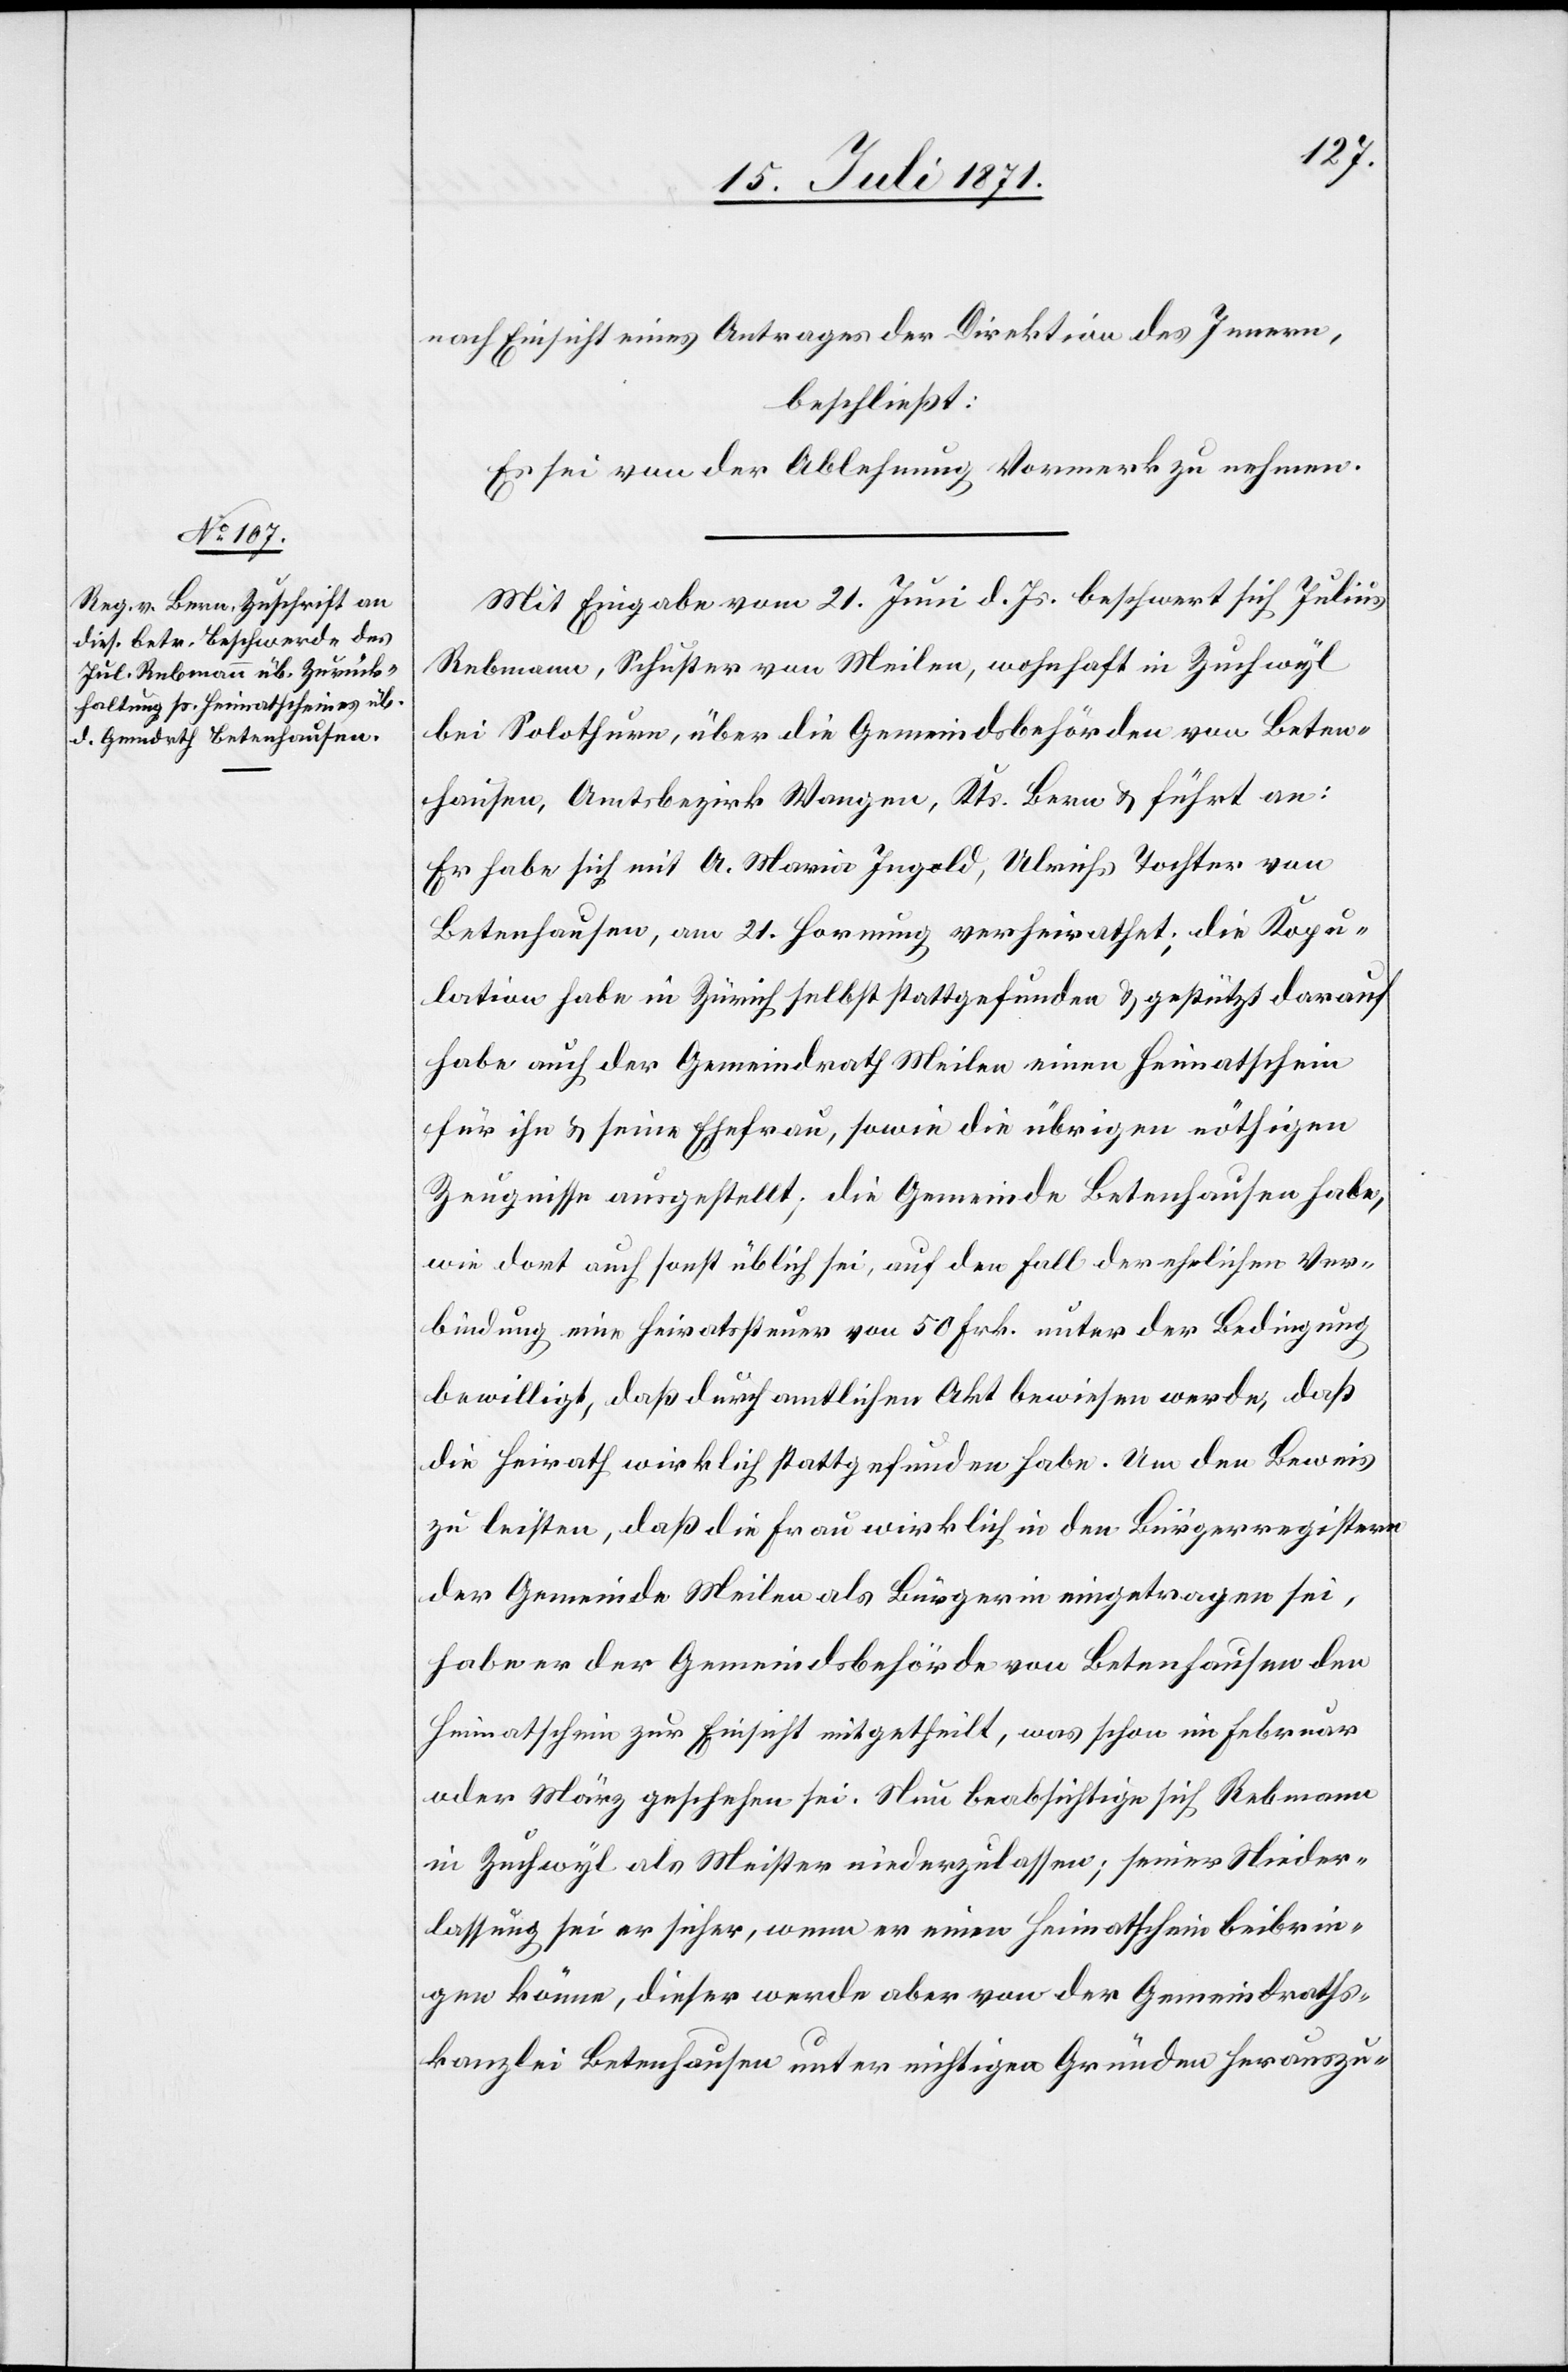
nach Einsicht eines Antrages der Direktion des Innern,
beschließt:
Es sei von der Ablehnung Vormerk zu nehmen.
Mit Eingabe vom 21. Juni d. Js. beschwert sich Julius
Rebmann, Schuster von Meilen, wohnhaft in Zuchwyl
bei Solothurn, über die Gemeindsbehörden von Beten¬
hausen, Amtsbezirk Wangen, Kts. Bern u. führt an:
Er habe sich mit A. Maria Ingold, Ulrichs Tochter von
Betenhausen, am 21. Hornung verheirathet; die Kopu¬
lation habe in Zürich selbst stattgefunden u. gestützt darauf
habe auch der Gemeindrath Meilen einen Heimatschein
für ihn u. seine Ehefrau, sowie die übrigen nöthigen
Zeugnisse ausgestellt; die Gemeinde Betenhausen habe,
wie dort auch sonst üblich sei, auf den Fall der ehelichen Ver¬
bindung eine Heiratssteuer von 50 Frk. unter der Bedingung
bewilligt, daß durch amtlichen Akt bewiesen werde, daß
die Heirat wirklich stattgefunden habe. Um den Beweis
zu leisten, daß die Frau wirklich in den Bürgerregistern
der Gemeinde Meilen als Bürgerin eingetragen sei,
habe er der Gemeindsbehörde von Betenhausen den
Heimatschein zur Einsicht mitgetheilt, was schon im Februar
oder März geschehen sei. Nun beabsichtige sich Rebmann
in Zuchwyl als Meister niederzulassen; seiner Nieder¬
lassung sei er sicher, wenn er einen Heimatschein beibrin¬
gen könne, dieser werde aber von der Gemeindraths¬
kanzlei Betenhausen unter nichtigen Gründen herauszu-